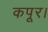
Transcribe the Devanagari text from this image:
कपूर।